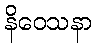
နိဝေသနာ